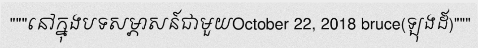
"""នៅក្នុងបទសម្ភាសន៍ជាមួយOctober 22, 2018 bruce(ឡុងដ៍)"""